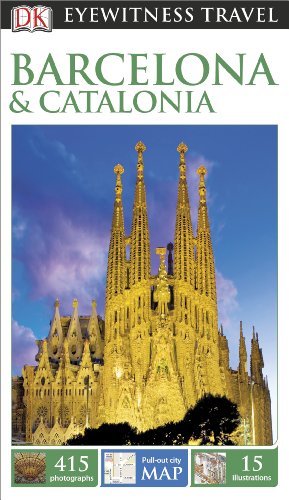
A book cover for DK Eyewitness Travel Guide: Barcelona & Catalonia; DK Publishing; Travel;